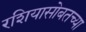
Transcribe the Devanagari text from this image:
रशियासोबतच्या